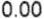
0.00